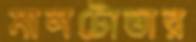
মালটোভার